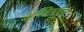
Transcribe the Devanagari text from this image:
अफ़्ग्निस्तान